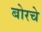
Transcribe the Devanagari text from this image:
बोरचे